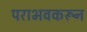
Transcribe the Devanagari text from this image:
पराभवकरून